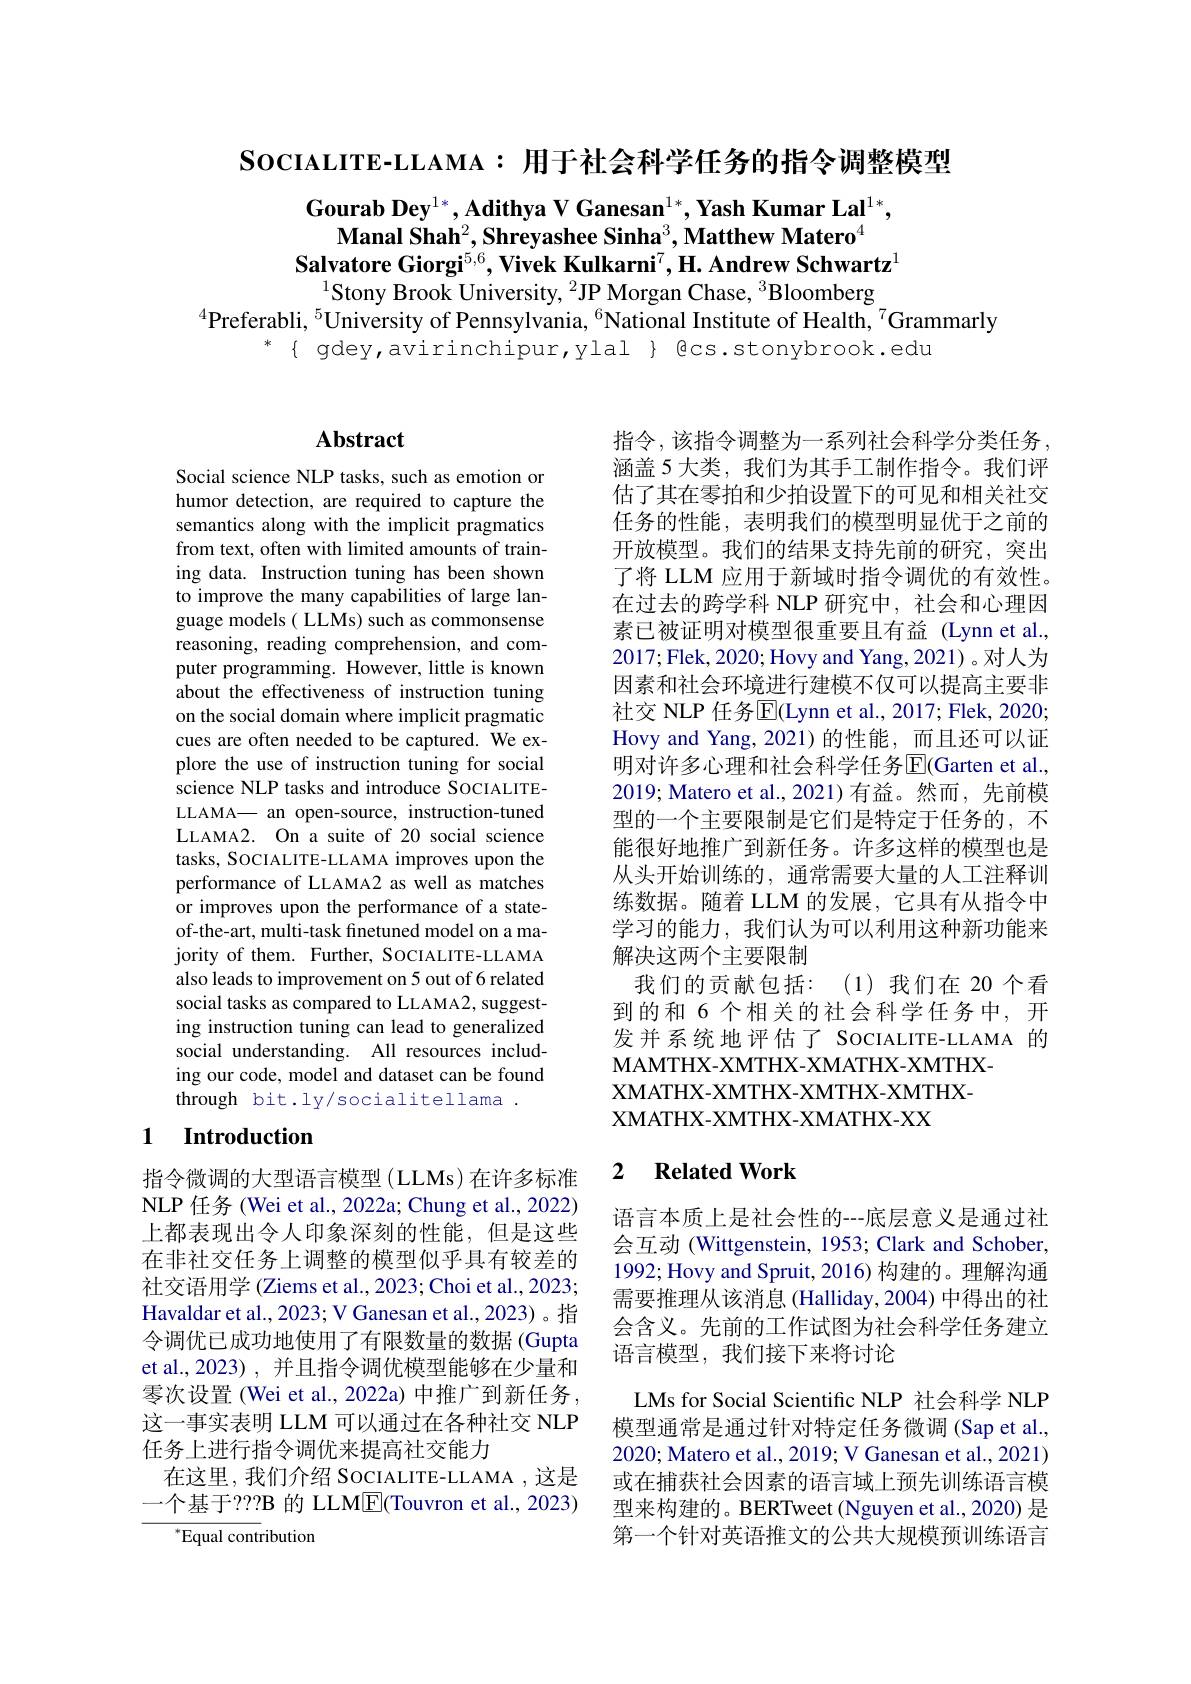
$\textbf{SocIALITE- LLAMA: 用 于 社 会 科 学 任 务 的 指 令 调 整 模 型 }$

$\textbf{Gourab Dey}^{1*},\textbf{Adithya V Ganesan}^{1*},\textbf{Yash Kumar Lal}^{1*}$,
$\textbf{Manal Shah}^2$,Shreyashee Sinha$^3,\textbf{Matthew Matero}^4$
Salvatore Giorgi$^{5,6}$,Vivek Kulkarni$^7,\textbf{H. Andrew Schwartz}^1$
$^{1}$Stony Brook University, $^2$JP Morgan Chase, $^3$Bloomberg
$^{4}$Preferabli, $^{5}$University of Pennsylvania, $^{6}$National Institute of Health, $^{7}$Grammarly
$^*${ }gdey,avirinchipur,ylal $\}$ @cs.stonybrook.edu

## Abstract

Social science NLP tasks, such as emotion or humor detection, are required to capture the semantics along with the implicit pragmatics from text, often with limited amounts of training data. Instruction tuning has been shown to improve the many capabilities of large lan- $\hat{\text{guage models( LLMs) such as commonsense}}$ reasoning, reading comprehension, and computer programming. However, little is known about the effectiveness of instruction tuning on the social domain where implicit pragmatic cues are often needed to be captured. We explore the use of instruction tuning for social science NLP tasks and introduce SOCIALITELLAMA— an open-source, instruction-tuned LLAMA2. On a suite of 20 social science tasks, SOCIALITE-LLAMA improves upon the performance of LLAMA2 as well as matches or improves upon the performance of a stateof-the-art, multi-task finetuned model on a majority of them. Further, SOCIALITE-LLAMA also leads to improvement on 5 out of 6 related social tasks as compared to LLAMA2, suggesting instruction tuning can lead to generalized social understanding. All resources including our code, model and dataset can be found through bit.ly/socialitellama .

### 1 Introduction

指令微调的大型语言模型(LLMs)在许多标准NLP 任务 (Wei et al., 2022a; Chung et al., 2022) 上都表现出令人印象深刻的性能，但是这些在非社交任务上调整的模型似乎具有较差的社交语用学 (Ziems et al., 2023; Choi et al., 2023; Havaldar et al., 2023; V Ganesan et al., 2023) 。指令调优已成功地使用了有限数量的数据 (Gupta et al.,2023) , 并且指令调优模型能够在少量和零次设置 (Wei et al., 2022a) 中推广到新任务， 这一事实表明 LLM 可以通过在各种社交 NLP 任务上进行指令调优来提高社交能力
在这里，我们介绍 SocIALITE-LLAMA ,这是一个基于？?B 的 LLM$\underline{\mathrm{E}}($Touvron et al., 2023)
$^{*}{\mathrm{Equal~cont}}$ribution

指令，该指令调整为一系列社会科学分类任务， 涵盖 5 大类，我们为其手工制作指令。我们评估了其在零拍和少拍设置下的可见和相关社交任务的性能，表明我们的模型明显优于之前的开放模型。我们的结果支持先前的研究，突出了将 LLM 应用于新域时指令调优的有效性。在过去的跨学科 NLP 研究中，社会和心理因素已被证明对模型很重要且有益 (Lynn et al., 2017;Flek, 2020; Hovy and Yang, 2021)。对人为因素和社会环境进行建模不仅可以提高主要非社交 NLP 任务$\overline{\mathrm{E}}($Lynn et al., 2017; Flek, 2020; Hovy and Yang, 2021)的性能，而且还可以证明对许多心理和社会科学任务$\overline{\mathrm{E}}($Garten et al., 2019; Matero et al., 2021) 有益。然而，先前模型的一个主要限制是它们是特定于任务的，不能很好地推广到新任务。许多这样的模型也是从头开始训练的，通常需要大量的人工注释训练数据。随着 LLM 的发展，它具有从指令中学习的能力，我们认为可以利用这种新功能来解决这两个主要限制
我们的贡献包括：(1)我们在 20个看到的和 6 个相关的社会科学任务中，开发并系统地评估了 SOCIALITE-LLAMA 的MAMTHX- XMTHX- XMATHX- XMTHX-
$XMATHX-XMTHX-XMTHX-XMTHX-$
XMATHX- XMTHX- XMATHX- XX

## 2 $\textbf{Related Work}$

语言本质上是社会性的--底层意义是通过社会互动 (Wittgenstein, 1953; Clark and Schober, 1992; Hovy and Spruit, 2016) 构建的。理解沟通需要推理从该消息 (Halliday,2004) 中得出的社会含义。先前的工作试图为社会科学任务建立语言模型，我们接下来将讨论

LMs for Social Scientific NLP 社会科学 NLP 模型通常是通过针对特定任务微调 (Sap et al., 2020; Matero et al., 2019; V Ganesan et al., 2021) 或在捕获社会因素的语言域上预先训练语言模型来构建的。BERTweet(Nguyen et al., 2020) 是第一个针对英语推文的公共大规模预训练语言